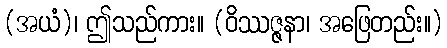
(အယံ)၊ ဤသည်ကား။ (ဝိဿဇ္ဇနာ၊ အဖြေတည်း။)